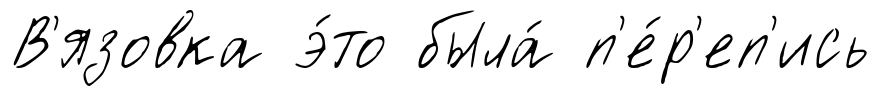
В'язовка э́то была́ п'е́р'еп'ись